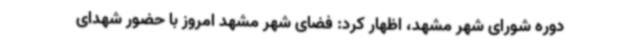
دوره شورای شهر مشهد، اظهار کرد: فضای شهر مشهد امروز با حضور شهدای